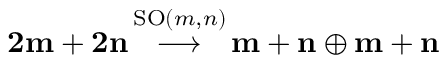
{ \bf { 2 m + 2 n } } \, { \stackrel { \mathrm { S O } ( m , n ) } { \longrightarrow } } \, { \bf { m + n } } \oplus { \bf { m + n } }